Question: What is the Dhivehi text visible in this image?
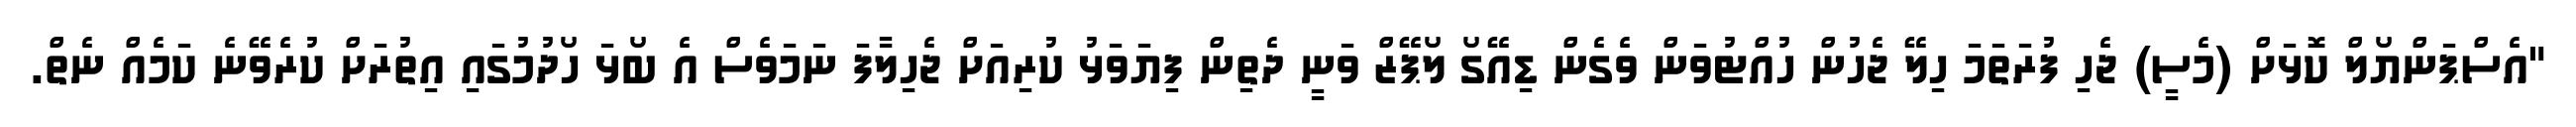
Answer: "އެސްޕަންޔޯލް ކޮޅަށް (މެސީ) ޖެހި ފުރަތަމަ ހިލޭ ޖެހުން ހުއްޓުވަން ވެގެން ޑިއޭގޯ ލޯޕޭޒް ވަނީ ދެތިން ފިޔަވަޅު ކުރިއަށް ޖެހިލާފަ ނަމަވެސް އެ ބޯޅަ ހޯދުމުގައި އިތުރަށް ކުރެވޭނެ ކަމެއް ނެތް.